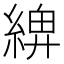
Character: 𦂖